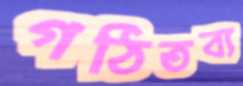
গঠিতব্য